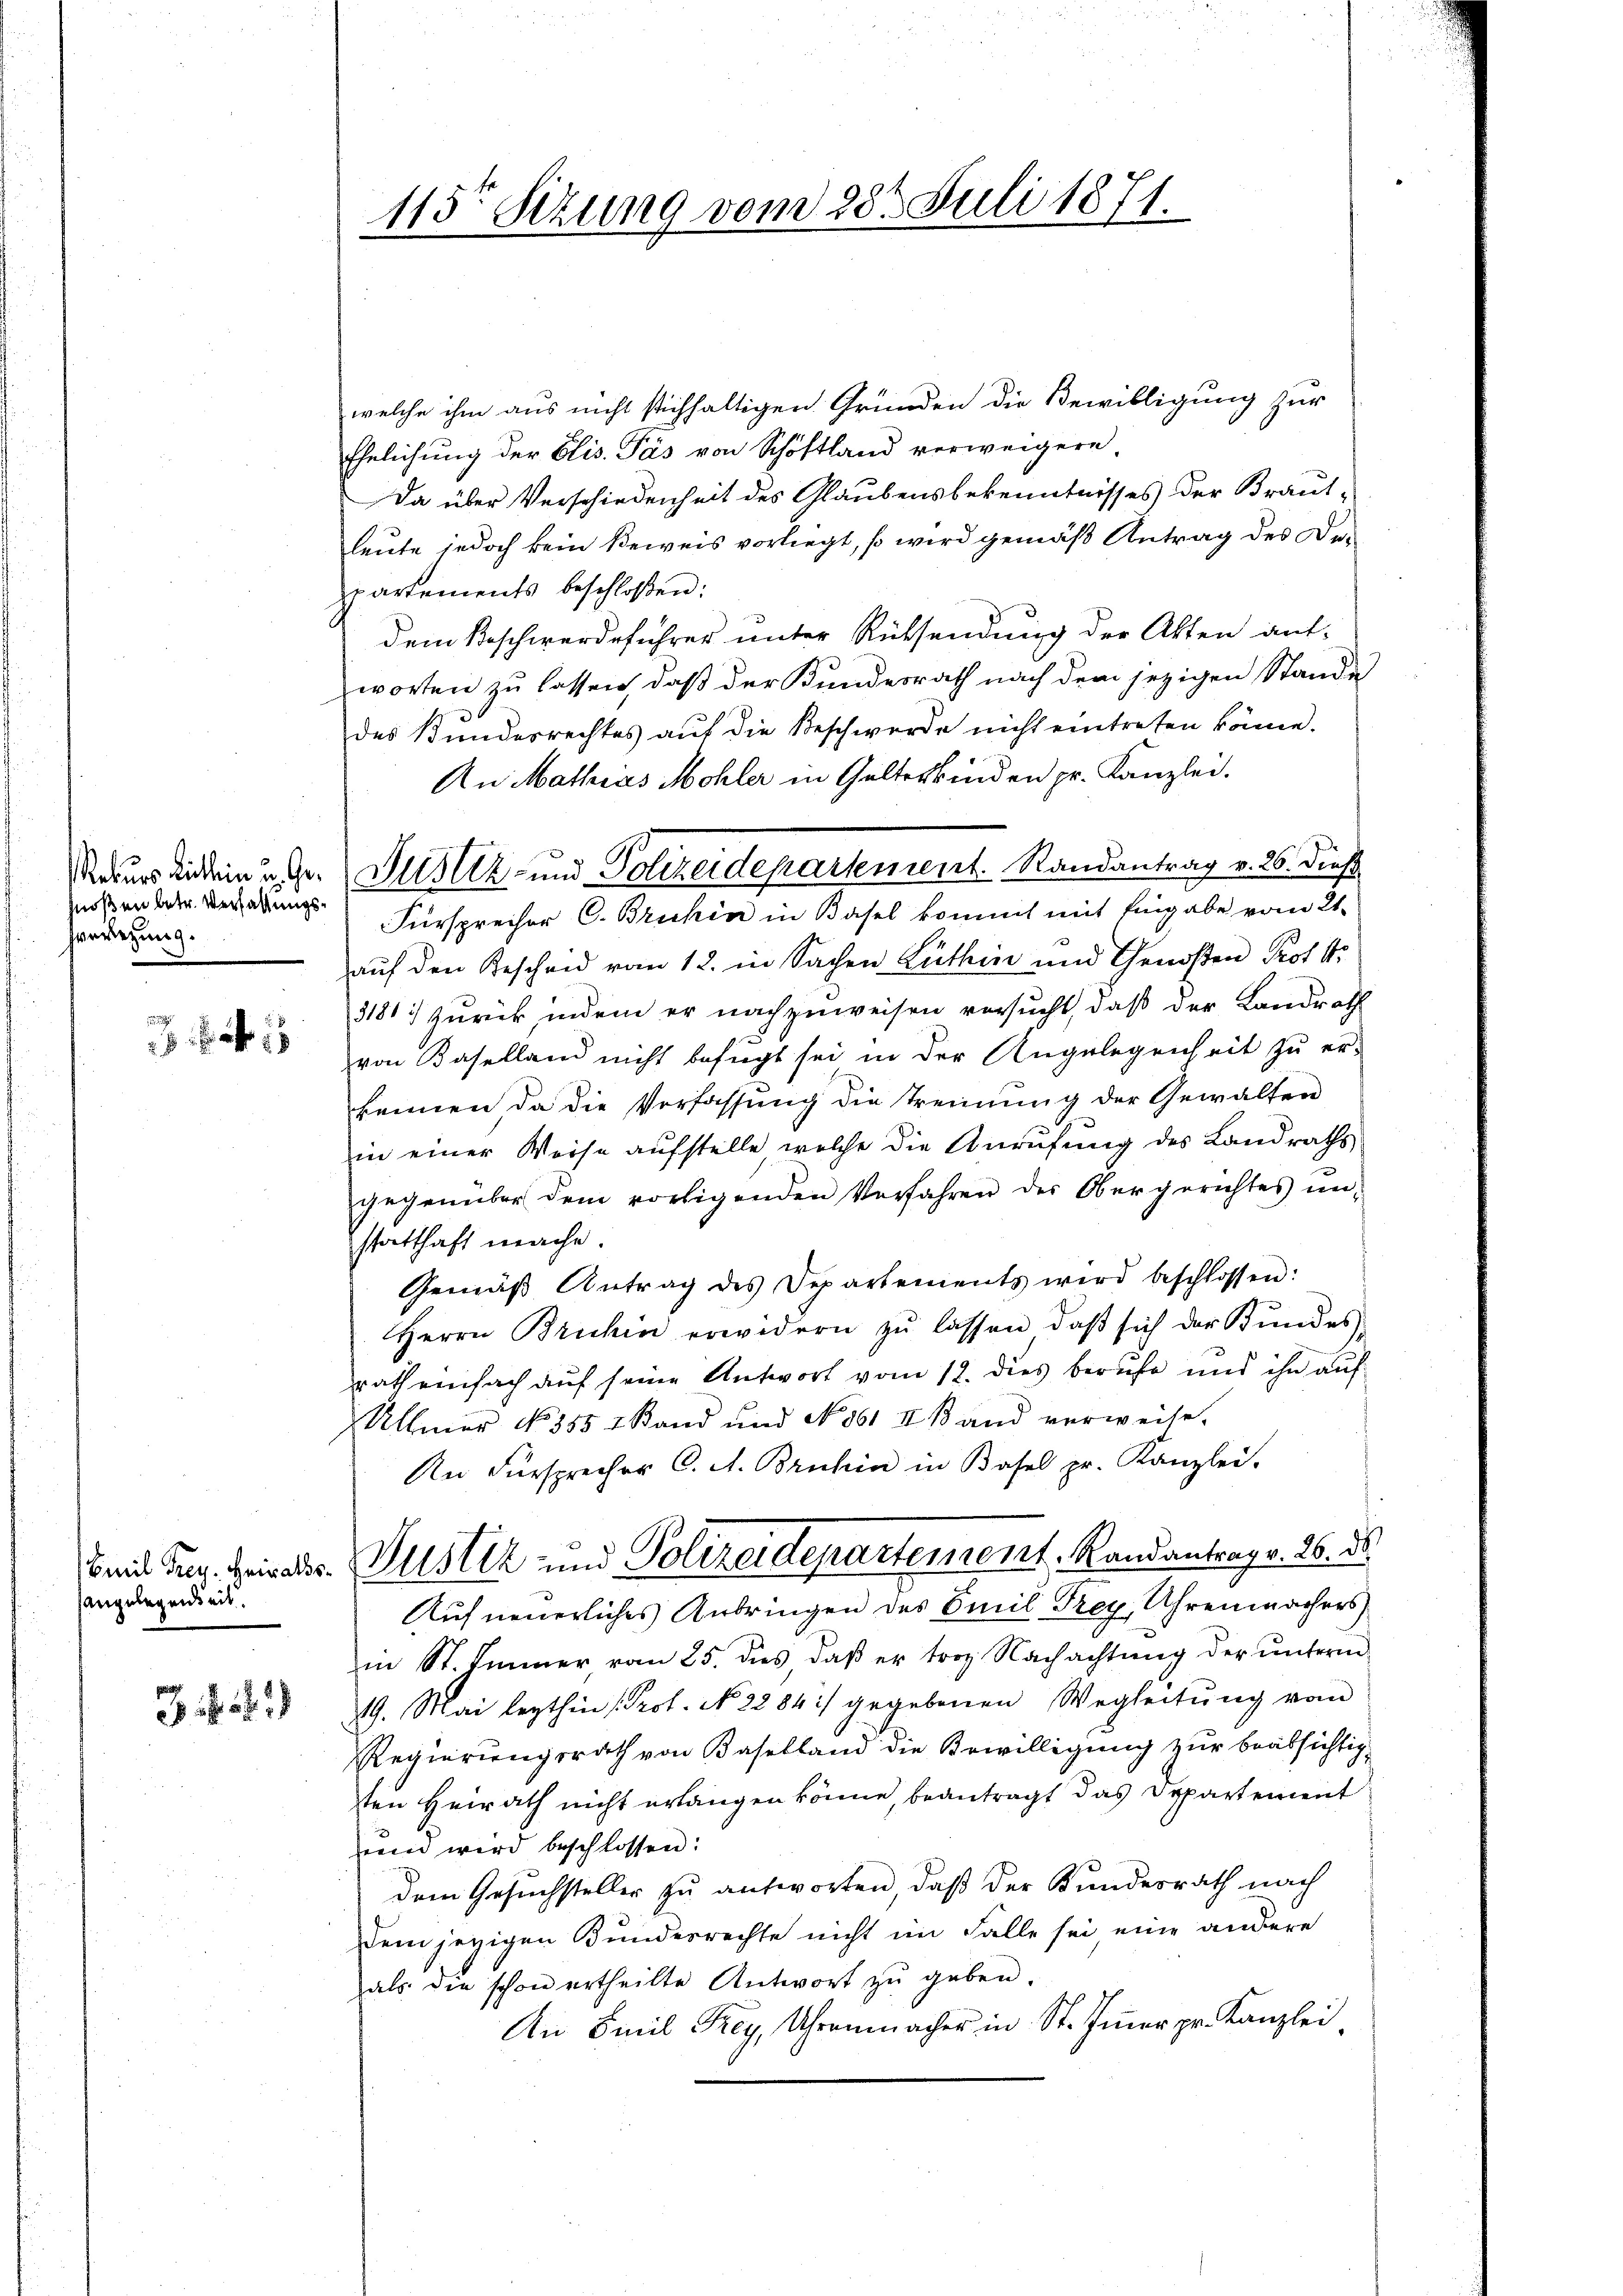
hnoßen betr. Verfaßungsverlegung.

angelegenheit.

18

115te Sizung vom 28t Juli 1871.

Rekurs die ein u. Dr. Justiz- und Polizeidepartement. Randantrag v. 26. dieß

welche ihm aus nicht stichhaltigen Gründen die Bewilligung zur
Ehelichung der Elis. Pas von Schöftland verweigern.
Da über Verschiedenheit des Glaubensbekenntnisses der Brautleute jedoch kein Beweis vorliegt, so wird gemäß Antrag des Departements beschloßen:
dem Beschwerdeführer unter Rücksendung der Akten antworten zu lassen, daß der Kundesrath nach dem jezigen Stande
des Bundesrechtes auf die Beschwerde nicht eintreten könne.
An Mathias Mohler in Gelterkinden pr. Kanzlei.
Fürsprecher C. Bruhin in Basel kommt mit Eingabe vom 21.
auf den Bescheid vom 12. in Sachen Lüthin und Genoßen Proto
3181 :/ zurück indem er nachzuweisen versucht, daß der Landraff
von Baselland nicht befugt sei in der Angelegenheit zu er-
kennen da die Verfassung die Trennung der Gewalten
in einer Weise aufstelle, welche die Anrufung des Landraths
gegenüber dem vortigenden Verfahren des Obergerichtes ŭn-
statthaft mache.
Gemäβ Antrag des Departements wird beschlossen:
Herrn Bruchin erwidern zŭ lassen, daβ sich der Bŭndes-
rath einfach auf seine Antwort vom 12. dies berufe und ihn auf
Allmer No. 355 - Sand und No. 561 II. Band verweise.
An Fürsprecher C. A. Bruhin in Basel pr. Kanzlei.
Bei den Heirats-Zustiz und Polizeidepartement, Randantrag v. 26. ds.
Auf neuerliches Anbringen des Emil Frey, Uhrenmachers
in St. Immer, vom 25. dies daß er trop Nachachtung der ŭnterm
19. Mai lezthin (Prof. No. 2284 :/ gegebenen Wegleitung vom
Regierungsrath von Baselland die Bewilligung zur beabsichtigten Heirath nicht erlangen könne, beantragt das Departement
rend wird beschlossen:
dem Gesuchsteller zu antworten, daß der Bundesrath nach
dem jezigen Bundesrechte nicht im Falle sei, eine andere
als die schon ertheilte Antwort zŭ geben.
An Emil Frey, Uhrenmacher in St. Immer pr. Kanzlei